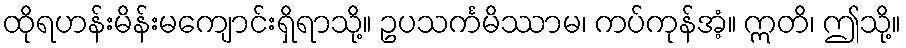
ထိုရဟန်းမိန်းမကျောင်းရှိရာသို့။ ဥပသင်္ကမိဿာမ၊ ကပ်ကုန်အံ့။ ဣတိ၊ ဤသို့။